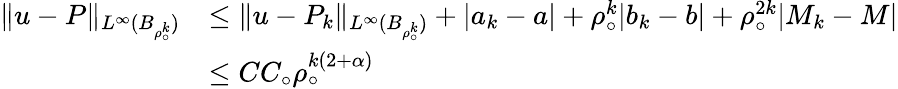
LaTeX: \begin{array}{rl}{\| u-P\| _{L^{\infty}(B_{\rho_{\circ}^{k}})}}&{\leq\| u-P_{k}\| _{L^{\infty}(B_{\rho_{\circ}^{k}})}+|a_{k}-a|+\rho_{\circ}^{k}|b_{k}-b|+\rho_{\circ}^{2k}|M_{k}-M|}\\ &{\leq CC_{\circ}\rho_{\circ}^{k(2+\alpha)}}\end{array}